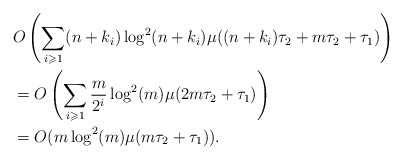
\begin{align*} &O\left(\sum_{i \geqslant 1} (n+k_i)\log^2(n+k_i)\mu((n+k_i)\tau_2+m\tau_2+\tau_1)\right) \\ &= O\left(\sum_{i \geqslant 1} \frac m {2^i}\log^2(m)\mu(2m\tau_2+\tau_1)\right)\\ &=O(m\log^2(m)\mu(m\tau_2+\tau_1)). \end{align*}